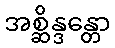
အစ္ဆိန္ဒန္တော